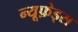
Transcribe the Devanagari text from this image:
न्यूफ़ेड्स